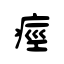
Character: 痙